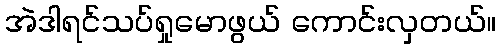
အဲဒါရင်သပ်ရှုမောဖွယ် ကောင်းလှတယ်။